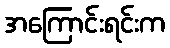
အကြောင်းရင်းက